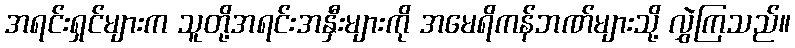
အရင်းရှင်များက သူတို့အရင်းအနှီးများကို အမေရိကန်ဘဏ်များသို့ လွှဲကြသည်။